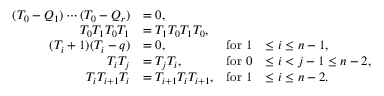
\begin{array} { r l r l } { ( T _ { 0 } - Q _ { 1 } ) \cdots ( T _ { 0 } - Q _ { r } ) } & { = 0 , } \\ { T _ { 0 } T _ { 1 } T _ { 0 } T _ { 1 } } & { = T _ { 1 } T _ { 0 } T _ { 1 } T _ { 0 } , } \\ { ( T _ { i } + 1 ) ( T _ { i } - q ) } & { = 0 , } & { \mathrm { f o r ~ } 1 } & { \leq i \leq n - 1 , } \\ { T _ { i } T _ { j } } & { = T _ { j } T _ { i } , } & { \mathrm { f o r ~ } 0 } & { \leq i < j - 1 \leq n - 2 , } \\ { T _ { i } T _ { i + 1 } T _ { i } } & { = T _ { i + 1 } T _ { i } T _ { i + 1 } , } & { \mathrm { f o r ~ } 1 } & { \leq i \leq n - 2 . } \end{array}